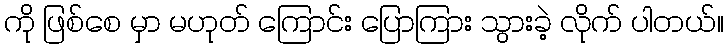
ကို ဖြစ်စေ မှာ မဟုတ် ကြောင်း ပြောကြား သွားခဲ့ လိုက် ပါတယ်။